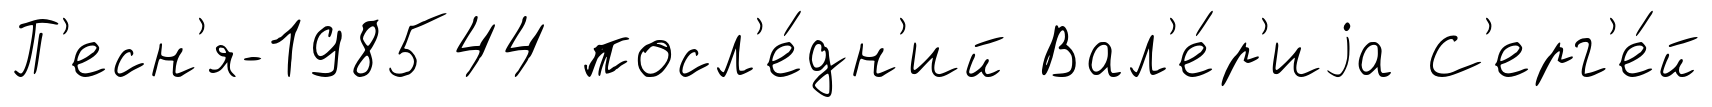
П'есн'я-198544 посл'е́дн'ий Вал'е́р'иjа С'ерг'е́й